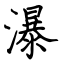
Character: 瀑